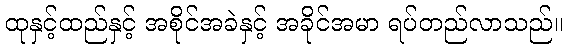
ထုနှင့်ထည်နှင့် အစိုင်အခဲနှင့် အခိုင်အမာ ရပ်တည်လာသည်။